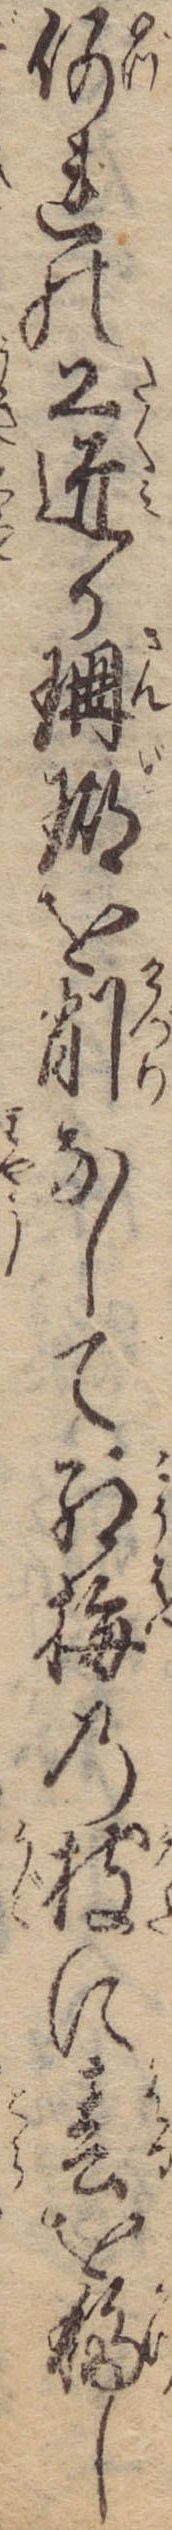
何れの工匠か珊瑚を削なして紅梅の枝に春を移し